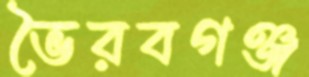
ভৈরবগঞ্জ